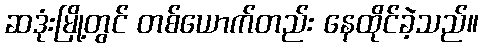
ဆဒုံးမြို့တွင် တစ်ယောက်တည်း နေထိုင်ခဲ့သည်။